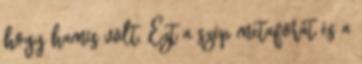
hogy hamis volt. Ezt a szép metaforát és a